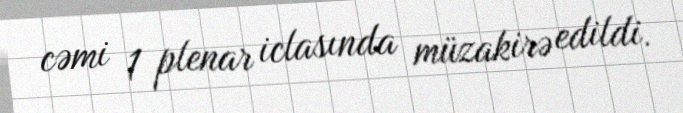
cəmi 1 plenar iclasında müzakirə edildi.